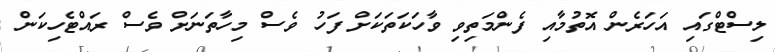
ލިސްޓްގައި އަހަރެން އޮތުމާއި ފެންމަތިވި ވާހަކަތަކަށް ފަހު ވެސް މިހާތަނަށް ވެސް ރައްޓެހިކަން